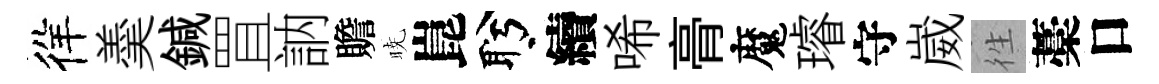
徉羮鍼罝訥贍暁崑盻續唏𮌔魔璿守崴徃藁口